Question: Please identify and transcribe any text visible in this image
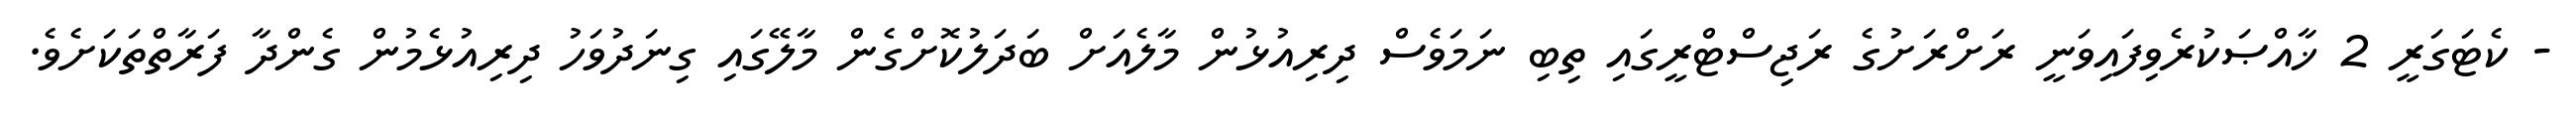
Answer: - ކެޓަގަރީ 2 ޚާއްޞަކުރެވިފައިވަނީ ރަށްރަށުގެ ރަޖިސްޓްރީގައި ތިބި ނަމަވެސް ދިރިއުޅުން މާލެއަށް ބަދަލުކޮށްގެން މާލޭގައި ގިނަދުވަހު ދިރިއުޅެމުން ގެންދާ ފަރާތްތަކަށެވެ.